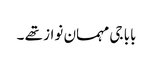
بابا جی مہمان نواز تھے ۔